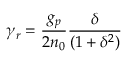
\gamma _ { r } = \frac { g _ { p } } { 2 n _ { 0 } } \frac { \delta } { ( 1 + \delta ^ { 2 } ) }